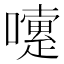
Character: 嚔